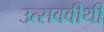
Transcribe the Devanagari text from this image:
उत्सववीथी